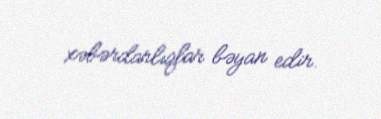
xəbərdarlıqlar bəyan edir.